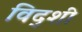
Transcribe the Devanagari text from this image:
विद्शी